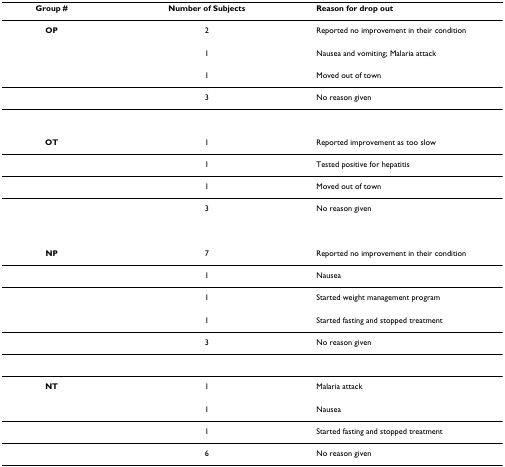
<table><thead><tr><td><b>Group #</b></td><td><b>Number of Subjects</b></td><td><b>Reason for drop out</b></td></tr></thead><tbody><tr><td><b>OP</b></td><td>2</td><td>Reported no improvement in their condition</td></tr><tr><td></td><td>1</td><td>Nausea and vomiting; Malaria attack</td></tr><tr><td></td><td>1</td><td>Moved out of town</td></tr><tr><td></td><td>3</td><td>No reason given</td></tr><tr><td><b>OT</b></td><td>1</td><td>Reported improvement as too slow</td></tr><tr><td></td><td>1</td><td>Tested positive for hepatitis</td></tr><tr><td></td><td>1</td><td>Moved out of town</td></tr><tr><td></td><td>3</td><td>No reason given</td></tr><tr><td><b>NP</b></td><td>7</td><td>Reported no improvement in their condition</td></tr><tr><td></td><td>1</td><td>Nausea</td></tr><tr><td></td><td>1</td><td>Started weight management program</td></tr><tr><td></td><td>1</td><td>Started fasting and stopped treatment</td></tr><tr><td></td><td>3</td><td>No reason given</td></tr><tr><td><b>NT</b></td><td>1</td><td>Malaria attack</td></tr><tr><td></td><td>1</td><td>Nausea</td></tr><tr><td></td><td>1</td><td>Started fasting and stopped treatment</td></tr><tr><td></td><td>6</td><td>No reason given</td></tr></tbody></table>